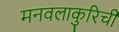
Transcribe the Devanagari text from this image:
मनवलाकुरिची